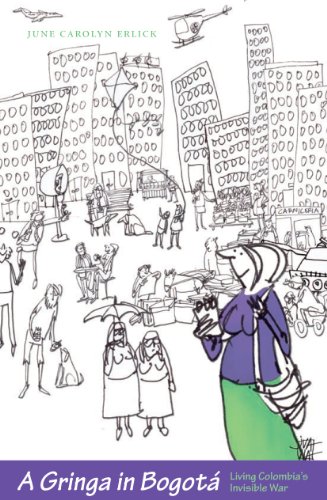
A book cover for A Gringa in BogotÃ¡: Living Colombia's Invisible War; June Carolyn Erlick; Travel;